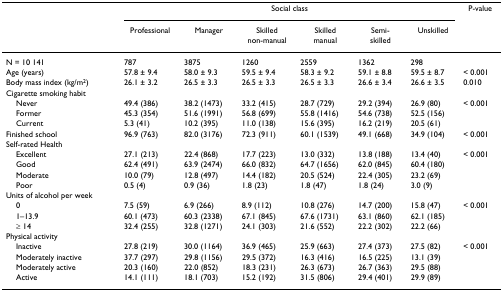
<table><thead><tr><td></td><td colspan="6"><b>Social class</b></td><td><b>P-value</b></td></tr><tr><td></td><td><b>Professional</b></td><td><b>Manager</b></td><td><b>Skilled non-manual</b></td><td><b>Skilled manual</b></td><td><b>Semi-skilled</b></td><td><b>Unskilled</b></td><td></td></tr></thead><tbody><tr><td>N = 10 141</td><td>787</td><td>3875</td><td>1260</td><td>2559</td><td>1362</td><td>298</td><td></td></tr><tr><td>Age (years)</td><td>57.8 ± 9.4</td><td>58.0 ± 9.3</td><td>59.5 ± 9.4</td><td>58.3 ± 9.2</td><td>59.1 ± 8.8</td><td>59.5 ± 8.7</td><td>&lt; 0.001</td></tr><tr><td>Body mass index (kg/m<sup>2</sup>)</td><td>26.1 ± 3.2</td><td>26.5 ± 3.3</td><td>26.5 ± 3.3</td><td>26.5 ± 3.3</td><td>26.6 ± 3.4</td><td>26.6 ± 3.5</td><td>0.010</td></tr><tr><td>Cigarette smoking habit</td><td></td><td></td><td></td><td></td><td></td><td></td><td></td></tr><tr><td> Never</td><td>49.4 (386)</td><td>38.2 (1473)</td><td>33.2 (415)</td><td>28.7 (729)</td><td>29.2 (394)</td><td>26.9 (80)</td><td>&lt; 0.001</td></tr><tr><td> Former</td><td>45.3 (354)</td><td>51.6 (1991)</td><td>56.8 (699)</td><td>55.8 (1416)</td><td>54.6 (738)</td><td>52.5 (156)</td><td></td></tr><tr><td> Current</td><td>5.3 (41)</td><td>10.2 (395)</td><td>11.0 (138)</td><td>15.6 (395)</td><td>16.2 (219)</td><td>20.5 (61)</td><td></td></tr><tr><td>Finished school</td><td>96.9 (763)</td><td>82.0 (3176)</td><td>72.3 (911)</td><td>60.1 (1539)</td><td>49.1 (668)</td><td>34.9 (104)</td><td>&lt; 0.001</td></tr><tr><td>Self-rated Health</td><td></td><td></td><td></td><td></td><td></td><td></td><td></td></tr><tr><td> Excellent</td><td>27.1 (213)</td><td>22.4 (868)</td><td>17.7 (223)</td><td>13.0 (332)</td><td>13.8 (188)</td><td>13.4 (40)</td><td>&lt; 0.001</td></tr><tr><td> Good</td><td>62.4 (491)</td><td>63.9 (2474)</td><td>66.0 (832)</td><td>64.7 (1656)</td><td>62.0 (845)</td><td>60.4 (180)</td><td></td></tr><tr><td> Moderate</td><td>10.0 (79)</td><td>12.8 (497)</td><td>14.4 (182)</td><td>20.5 (524)</td><td>22.4 (305)</td><td>23.2 (69)</td><td></td></tr><tr><td> Poor</td><td>0.5 (4)</td><td>0.9 (36)</td><td>1.8 (23)</td><td>1.8 (47)</td><td>1.8 (24)</td><td>3.0 (9)</td><td></td></tr><tr><td>Units of alcohol per week</td><td></td><td></td><td></td><td></td><td></td><td></td><td></td></tr><tr><td> 0</td><td>7.5 (59)</td><td>6.9 (266)</td><td>8.9 (112)</td><td>10.8 (276)</td><td>14.7 (200)</td><td>15.8 (47)</td><td>&lt; 0.001</td></tr><tr><td> 1–13.9</td><td>60.1 (473)</td><td>60.3 (2338)</td><td>67.1 (845)</td><td>67.6 (1731)</td><td>63.1 (860)</td><td>62.1 (185)</td><td></td></tr><tr><td> ≥ 14</td><td>32.4 (255)</td><td>32.8 (1271)</td><td>24.1 (303)</td><td>21.6 (552)</td><td>22.2 (302)</td><td>22.2 (66)</td><td></td></tr><tr><td>Physical activity</td><td></td><td></td><td></td><td></td><td></td><td></td><td></td></tr><tr><td> Inactive</td><td>27.8 (219)</td><td>30.0 (1164)</td><td>36.9 (465)</td><td>25.9 (663)</td><td>27.4 (373)</td><td>27.5 (82)</td><td>&lt; 0.001</td></tr><tr><td> Moderately inactive</td><td>37.7 (297)</td><td>29.8 (1156)</td><td>29.5 (372)</td><td>16.3 (416)</td><td>16.5 (225)</td><td>13.1 (39)</td><td></td></tr><tr><td> Moderately active</td><td>20.3 (160)</td><td>22.0 (852)</td><td>18.3 (231)</td><td>26.3 (673)</td><td>26.7 (363)</td><td>29.5 (88)</td><td></td></tr><tr><td> Active</td><td>14.1 (111)</td><td>18.1 (703)</td><td>15.2 (192)</td><td>31.5 (806)</td><td>29.4 (401)</td><td>29.9 (89)</td><td></td></tr></tbody></table>